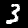
Label: 3